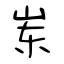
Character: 岽